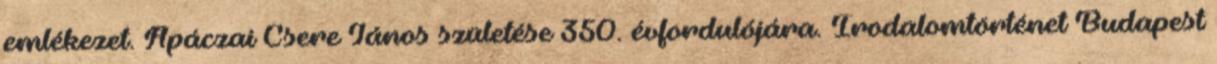
emlékezet. Apáczai Csere János születése 350. évfordulójára. Irodalomtörténet Budapest